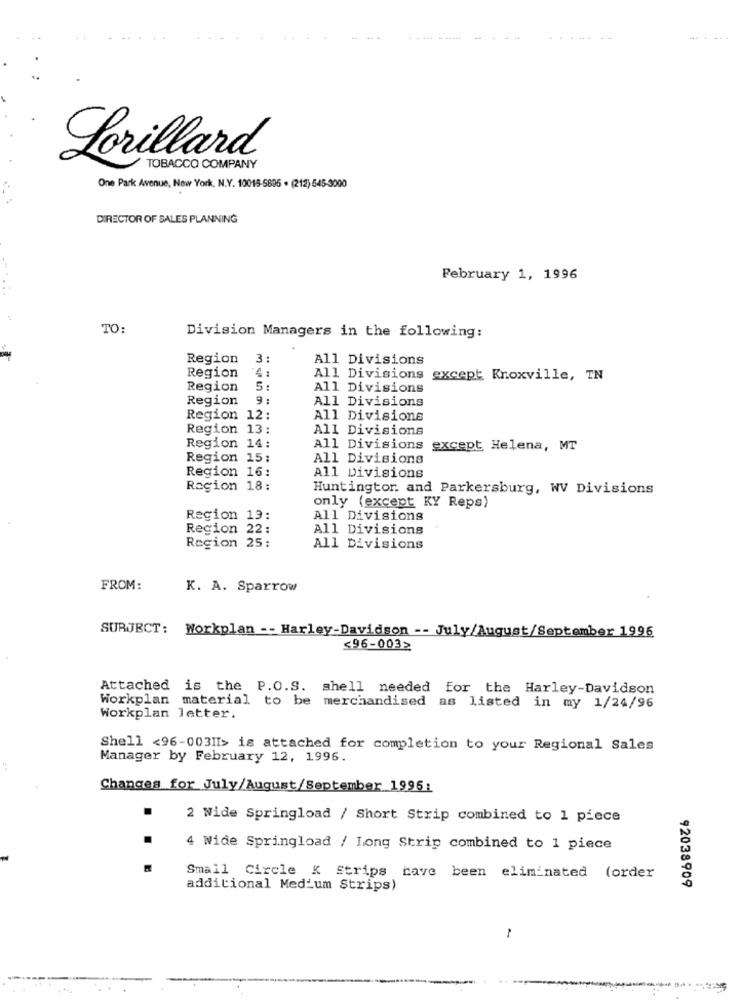
Lorillard
TOBACCO COMPANY
One Park Avenue, New York, N.Y. 10015-5805 . (212) 545-3000
DIRECTOR OF SALES PLANNING
February 1, 1996
......
TO:
Division Managers in the following:
Region
3
All Divisions
4:
Region
All Divisions except Knoxville, TN
Region
5:
All Divisions
Region
9:
All Divisions
Region 12:
All Divisions
Region 13:
All Divisions
Region 14:
All Divisions
except Helena, MT
Region 15:
All Divisions
Region 16:
All Divisions
Region 18:
Huntingtor. and Parkersburg, WV Divisions
only (except KY Reps)
Region 13:
All Divisions
Region 22:
All Divisions
Region 25;
All Divisions
FROM:
K. A. Sparrow
SUBJECT: Workplan -- Harley-Davidson -- July/August/September 1996
<96-003>
Attached is the P.O.S. shell needed for the Harley-Davidson
Workplan material to be merchandised as listed in my 1/24/96
Workplan letter.
Shell <96-003II> is attached for completion to your Regional Sales
Manager by February 12, 1996.
Changes for July/August/September 1996:
2 Wide Springload / Short Strip combined to 1 piece
4 Wide Springload / Long Strip combined to 1 piece
Small Circle K Strips have been eliminated (order
92038909
additional Medium Strips)
1